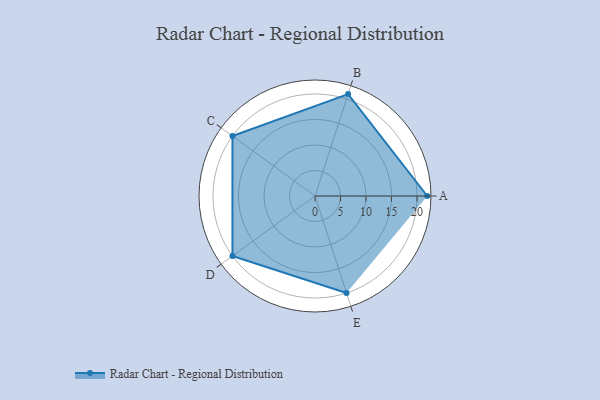
{"axis": {"x": "Skill", "y": "Score"}, "legend": ["Profile"], "data": [{"x": "A", "y": 22.0, "type": "Profile"}, {"x": "B", "y": 21.0, "type": "Profile"}, {"x": "C", "y": 20, "type": "Profile"}, {"x": "D", "y": 20, "type": "Profile"}, {"x": "E", "y": 20, "type": "Profile"}]}